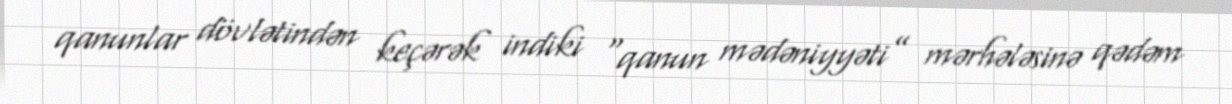
qanunlar dövlətindən keçərək indiki “qanun mədəniyyəti” mərhələsinə qədəm